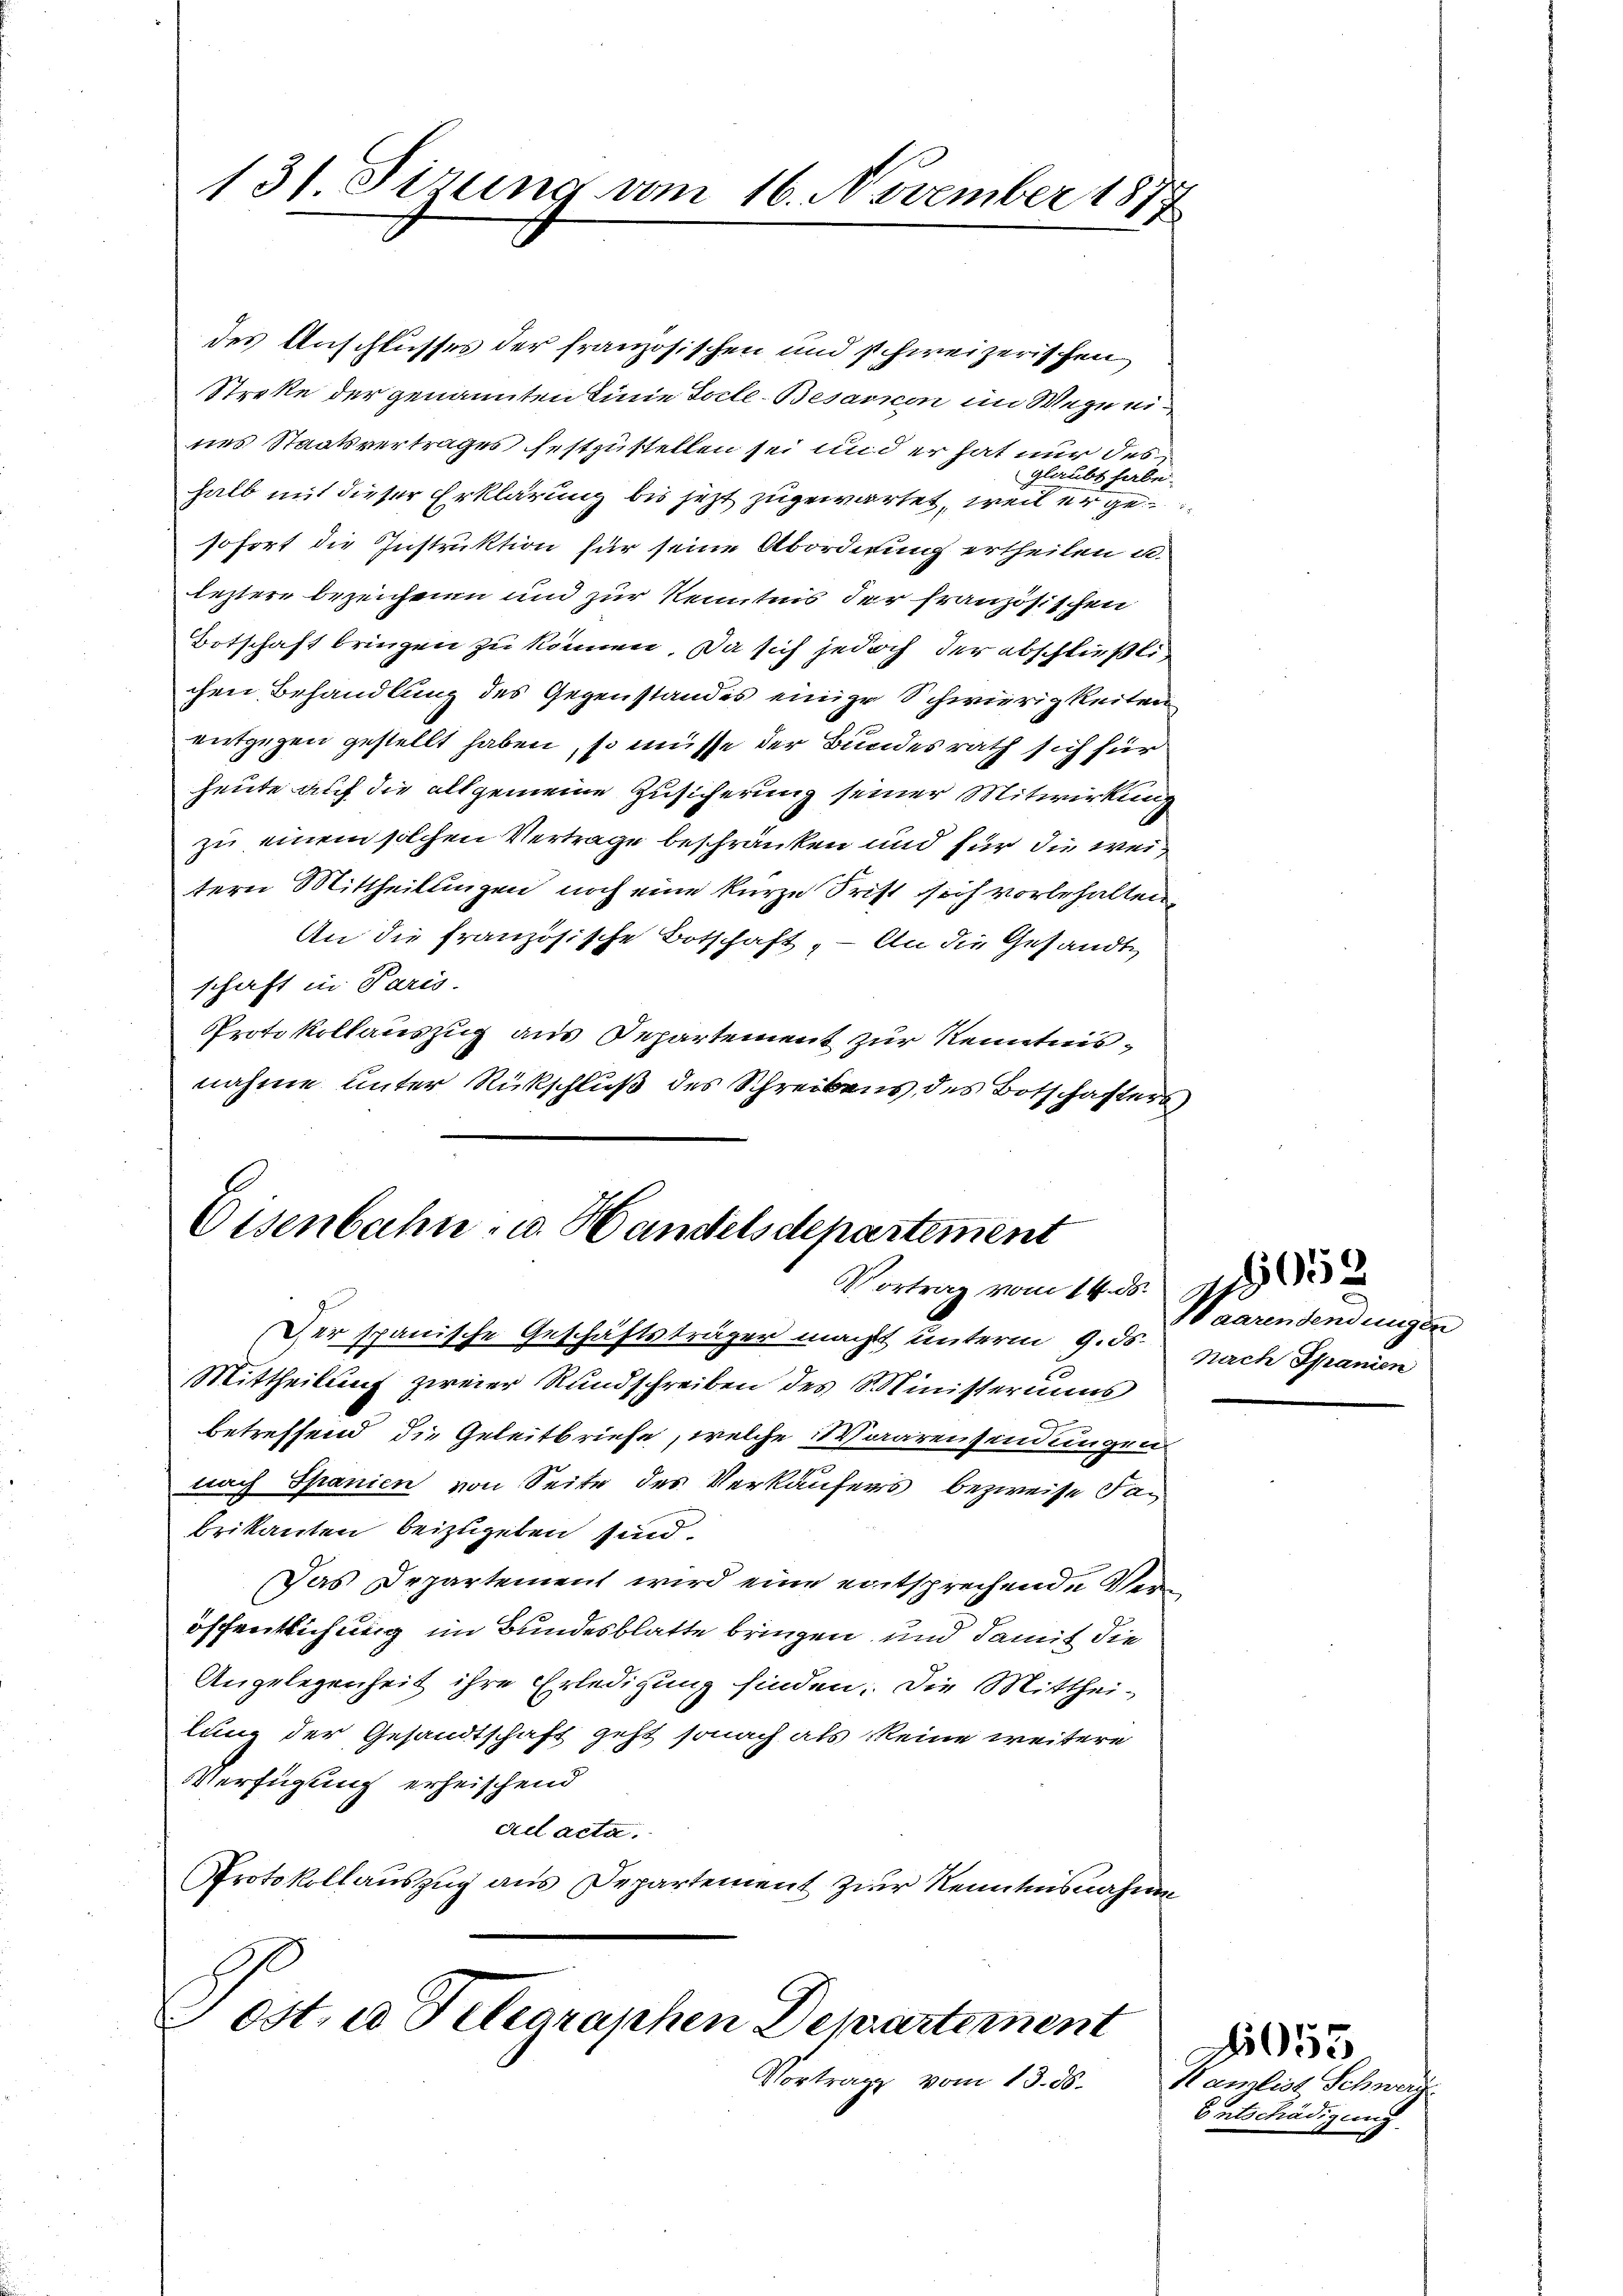
131. Sizung vom 16. November 1877

des Anschlusses der französischen und schweizerischen
Strette der genannten Linie Tocle-Besamen im Wege eines Staatsvertrages festzustellen sei und er hat nur des
glaubt habe.
halb mit dieser Erklärung bis jetzt zugewartet, weil er gesofort die Instruktion für seine Abordnung ertheilen u.
leztere bezeichnen und zur Kenntnis der französischen
Botschaft bringen zu können. Da sich jedoch der abschließlichen Behandlung des Gegenstandes einige Schwierigkeiten
entgegen gestellt haben, so müsse der Bundesrath sich für
heute auf die allgemeine Zusicherung seiner Mitwirkung
.
zu einem solchen Vertrage beschränken und für die weitern Mittheilungen noch eine kurze Frist sich vorbehalten,
An die französische Botschaft. – An die Gesandte
schaft in Paris.
Protokollauszug aus Departement zur Kenntnisnahme unter Rückschluß des Schreibens des Botschafters,

Eisenbahn- u. Handelsdepartement
Vortrag vom 14. d. 1882

Der spanische Geschäftsträger macht unterm 9. 55 nach Spanien
Mittheilung zweier Rundschreiben des Ministeriums
betreffend die Geleitbriefe, welche Waarensendungen
nach Spanien von Seite des Verkäufers bezweife Fabrikanten beizugeben sind.
Das Departement wird eine entsprechende Ver
öffentlichung im Bundesblatte bringen und damit die
Angelegenheit ihre Erledigung finden. Die Mitthei-
lung der Gesandtschaft geht sonach als keine weitere
Verfügung erheischend
ad acta.
Protokollauszug aus Departement zur Kenntnisnahme
ost, id Delegraphen Departement
Vortrag vom 13. ds.

Waarensendungen

Kamlist Schwerz
Entschädigung.

953